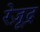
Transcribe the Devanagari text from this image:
रेज़ूद्र